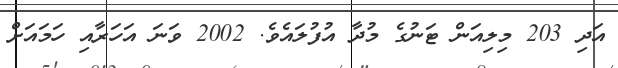
އަދި 203 މިލިއަން ޓަނުގެ މުދާ އުފުލައެވެ. 2002 ވަނަ އަހަރާއި ހަމައަށް